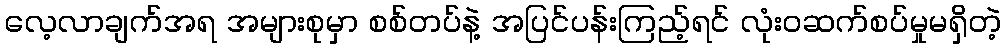
လေ့လာချက်အရ အများစုမှာ စစ်တပ်နဲ့ အပြင်ပန်းကြည့်ရင် လုံးဝဆက်စပ်မှုမရှိတဲ့